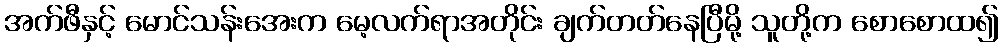
အက်ဖီနှင့် မောင်သန်းအေးက မေ့လက်ရာအတိုင်း ချက်တတ်နေပြီမို့ သူတို့က စောစောထ၍